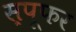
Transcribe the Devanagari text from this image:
स्पूफर